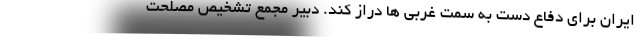
ایران برای دفاع دست به سمت غربی ها دراز کند. دبیر مجمع تشخیص مصلحت